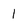
Character: 1